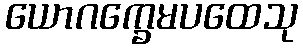
ယောဂက္ခေမပထေသု